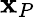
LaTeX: \mathbf{x}_{P}